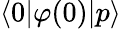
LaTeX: \langle 0|\varphi(0)|p\rangle